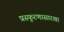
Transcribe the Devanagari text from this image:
प्रस्फूरणासारखा